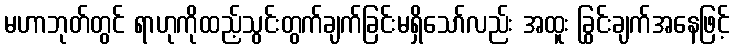
မဟာဘုတ်တွင် ရာဟုကိုထည့်သွင်းတွက်ချက်ခြင်းမရှိသော်လည်း အထူး ခြွင်းချက်အနေဖြင့်